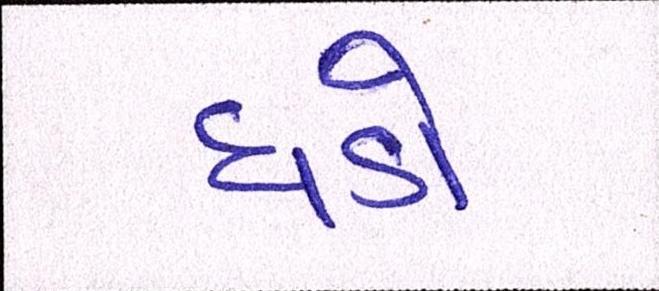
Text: ધડો